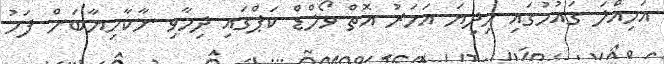
އަމިއްލަ ގައުމުގައި މިދިޔަ އަހަރު އޮތް ވޯލްޑް ކަޕްގައި ދިމާވި ނާކާމިޔާބަށް ފަހު